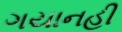
ગયાનહી